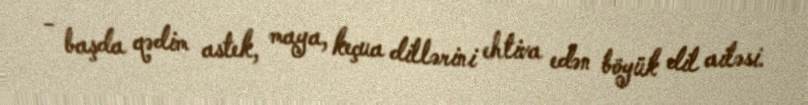
- başda qədim astek, maya, keçua dillərini ehtiva edən böyük dil ailəsi.